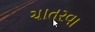
ચાતરવા